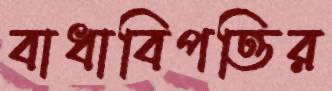
বাধাবিপত্তির